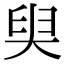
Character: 𡘩